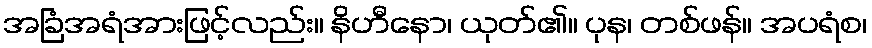
အခြံအရံအားဖြင့်လည်း။ နိဟီနော၊ ယုတ်၏။ ပုန၊ တစ်ဖန်။ အပရံစ၊